Report of the Indian Hemp Drugs Commission, 1894-1895 - Volume IV
Year: 1894
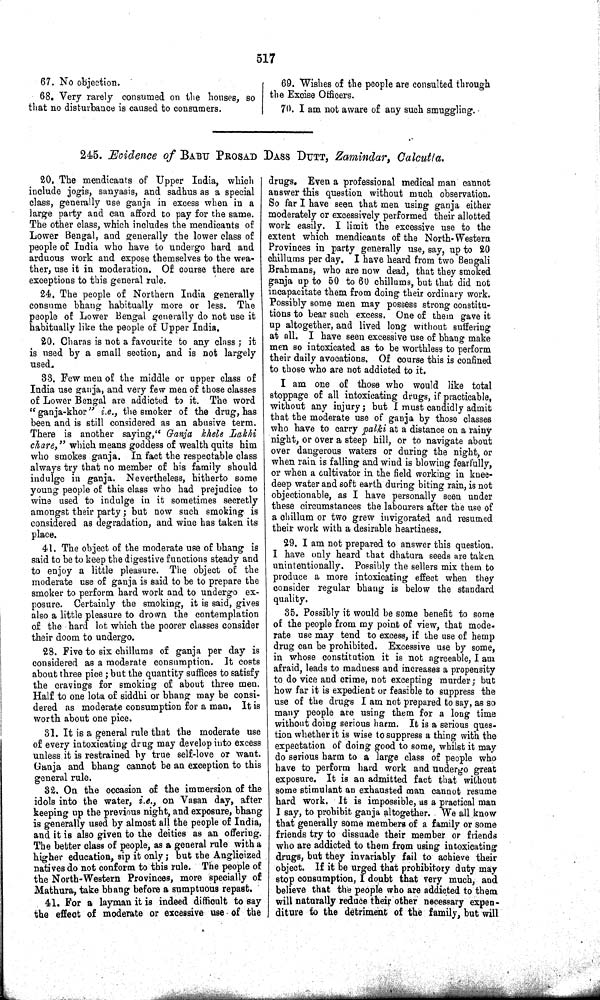
517
67. No objection.
68. Very rarely consumed on the houses, so
that no disturbance is caused to consumers.
69. Wishes of the people are consulted through
the Excise Officers.
70. I am not aware of any such smuggling.
245. Evidence of BABU PROSAD DASS DUTT, Zamindar, Calcutta.
20. The mendicants of Upper India, which
include jogis, sanyasis, and sadhus as a special
class, generally use ganja in excess when in a
large party and can afford to pay for the same.
The other class, which includes the mendicants of
Lower Bengal, and generally the lower class of
people of India who have to undergo hard and
arduous work and expose themselves to the wea-
ther, use it in moderation. Of course there are
exceptions to this general rule.
24. The people of Northern India generally
consume bhang habitually more or less. The
people of Lower Bengal generally do not use it
habitually like the people of Upper India.
20. Charas is not a favourite to any class; it
is used by a small section, and is not largely
used.
33. Few men of the middle or upper class of
India use ganja, and very few men of those classes
of Lower Bengal are addicted to it. The word
"ganja-khor" i.e., the smoker of the drug, has
been and is still considered as an abusive term.
There is another saying," Ganja khele Lakhi
chare," which means goddess of wealth quits him
who smokes ganja. In fact the respectable class
always try that no member of his family should
indulge in ganja. Nevertheless, hitherto some
young people of this class who had prejudice to
wine used to indulge in it sometimes secretly
amongst their party; but now such smoking is
considered as degradation, and wine has taken its
place.
41. The object of the moderate use of bhang is
said to be to keep the digestive functions steady and
to enjoy a little pleasure. The object of the
moderate use of ganja is said to be to prepare the
smoker to perform hard work and to undergo ex-
posure. Certainly the smoking, it is said, gives
also a little pleasure to drown the contemplation
of the hard lot which the poorer classes consider
their doom to undergo.
28. Five to six chillums of ganja per day is
considered as a moderate consumption. It costs
about three pice; but the quantity suffices to satisfy
the cravings for smoking of about three men.
Half to one lota of siddhi or bhang may be consi-
dered as moderate consumption for a man. It is
worth about one pice.
31. It is a general rule that the moderate use
of every intoxicating drug may develop into excess
unless it is restrained by true self-love or want.
Ganja and bhang cannot be an exception to this
general rule.
32. On the occasion of the immersion of the
idols into the water, i.e., on Vasan day, after
keeping up the previous night, and exposure, bhang
is generally used by almost all the people of India,
and it is also given to the deities as an offering.
The better class of people, as a general rule with a
higher education, sip it only; but the Anglicized
natives do not conform to this rule. The people of
the North-Western Provinces, more specially of
Mathura, take bhang before a sumptuous repast.
41. For a layman it is indeed difficult to say
the effect of moderate or excessive use of the
drugs. Even a professional medical man cannot
answer this question without much observation.
So far I have seen that men using ganja either
moderately or excessively performed their allotted
work easily. I limit the excessive use to the
extent which mendicants of the North-Western
Provinces in party generally use, say, up to 20
chillums per day. I have heard from two Bengali
Brahmans, who are now dead, that they smoked
ganja up to 50 to 60 chillums, but that did not
incapacitate them from doing their ordinary work.
Possibly some men may possess strong constitu-
tions to bear such excess. One of them gave it
up altogether, and lived long without suffering
at all. I have seen excessive use of bhang make
men so intoxicated as to be worthless to perform
their daily avocations. Of course this is confined
to those who are not addicted to it.
I am one of those who would like total
stoppage of all intoxicating drugs, if practicable,
without any injury; but I must candidly admit
that the moderate use of ganja by those classes
who have to carry palki at a distance on a rainy
night, or over a steep hill, or to navigate about
over dangerous waters or during the night, or
when rain is falling and wind is blowing fearfully,
or when a cultivator in the field working in knee-
deep water and soft earth during biting rain, is not
objectionable, as I have personally seen under
these circumstances the labourers after the use of
a chillum or two grew invigorated and resumed
their work with a desirable heartiness.
29. I am not prepared to answer this question.
I have only heard that dhatura seeds are taken
unintentionally. Possibly the sellers mix them to
produce a more intoxicating effect when they
consider regular bhang is below the standard
quality.
35. Possibly it would be some benefit to some
of the people from my point of view, that mode-
rate use may tend to excess, if the use of hemp
drug can be prohibited. Excessive use by some,
in whose constitution it is not agreeable, I am
afraid, leads to madness and increases a propensity
to do vice and crime, not excepting murder; but
how far it is expedient or feasible to suppress the
use of the drugs I am not prepared to say, as so
many people are using them for a long time
without doing serious harm. It is a serious ques-
tion whether it is wise to suppress a thing with the
expectation of doing good to some, whilst it may
do serious harm to a large class of people who
have to perform hard work and undergo great
exposure. It is an admitted fact that without
some stimulant an exhausted man cannot resume
hard work. It is impossible, as a practical man
I say, to prohibit ganja altogether. We all know
that generally some members of a family or some
friends try to dissuade their member or friends
who are addicted to them from using intoxicating
drugs, but they invariably fail to achieve their
object. If it be urged that prohibitory duty may
stop consumption, I doubt that very much, and
believe that the people who are addicted to them
will naturally reduce their other necessary expen-
diture to the detriment of the family, but will